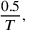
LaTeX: { \frac { 0 . 5 } { T } } ,